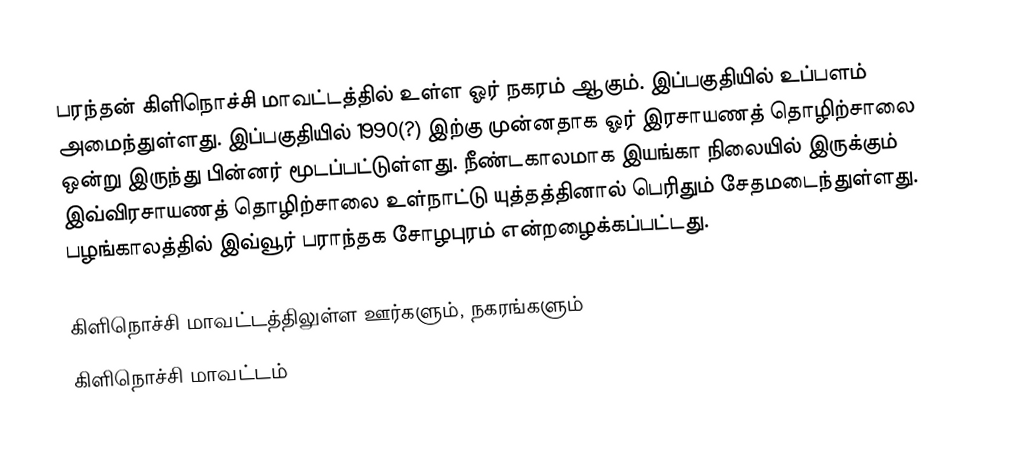
பரந்தன் கிளிநொச்சி மாவட்டத்தில் உள்ள ஓர் நகரம் ஆகும். இப்பகுதியில் உப்பளம் அமைந்துள்ளது. இப்பகுதியில் 1990(?) இற்கு முன்னதாக ஓர் இரசாயணத் தொழிற்சாலை ஒன்று இருந்து பின்னர் மூடப்பட்டுள்ளது. நீண்டகாலமாக இயங்கா நிலையில் இருக்கும் இவ்விரசாயணத் தொழிற்சாலை உள்நாட்டு யுத்தத்தினால் பெரிதும் சேதமடைந்துள்ளது. பழங்காலத்தில் இவ்வூர் பராந்தக சோழபுரம் என்றழைக்கப்பட்டது.

கிளிநொச்சி மாவட்டத்திலுள்ள ஊர்களும், நகரங்களும்
கிளிநொச்சி மாவட்டம்